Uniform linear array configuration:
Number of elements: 48
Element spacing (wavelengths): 1
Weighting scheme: hamming
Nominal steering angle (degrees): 30
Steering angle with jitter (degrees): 28.317
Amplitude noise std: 0.05
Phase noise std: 0.05

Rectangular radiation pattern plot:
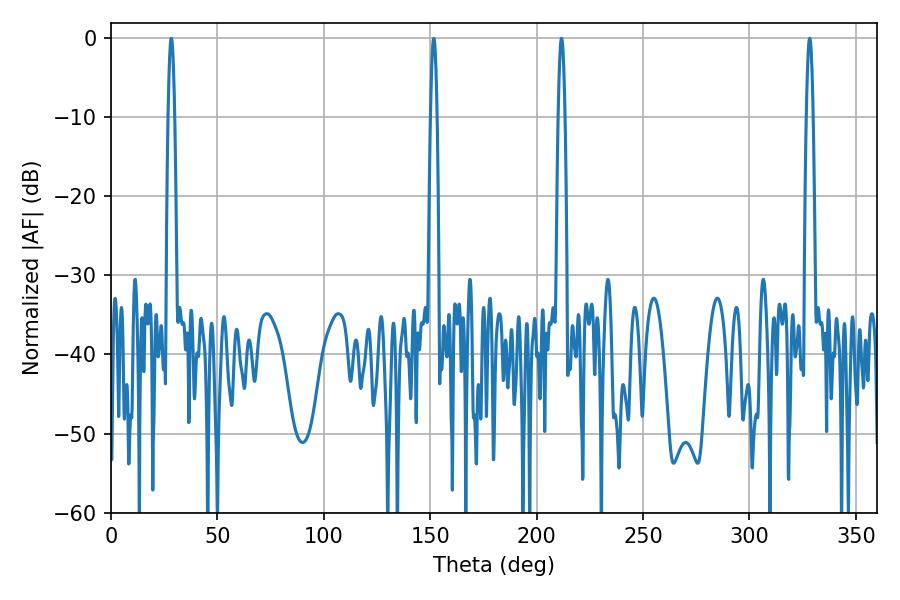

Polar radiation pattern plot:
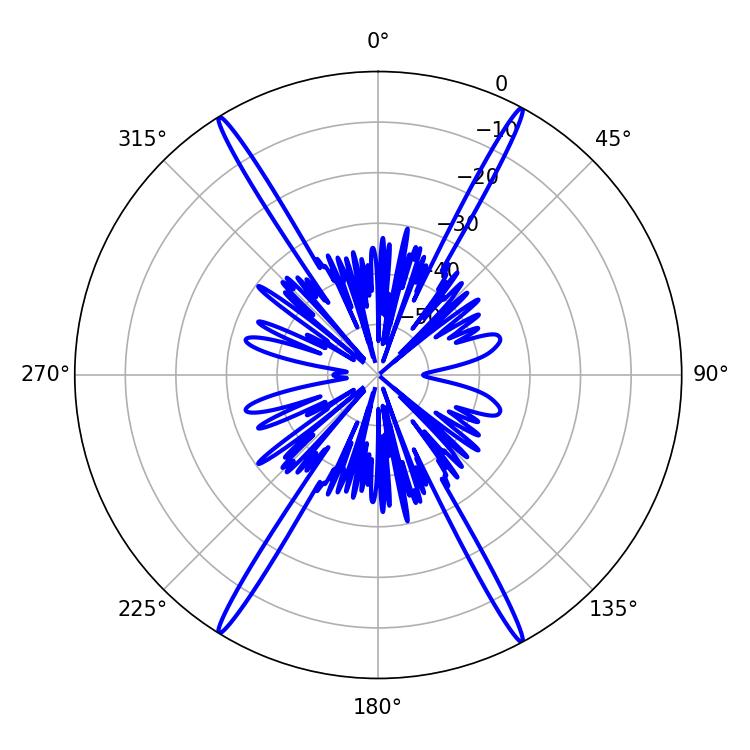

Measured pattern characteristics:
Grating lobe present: TRUE
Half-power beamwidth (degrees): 1.8
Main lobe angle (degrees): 211.68